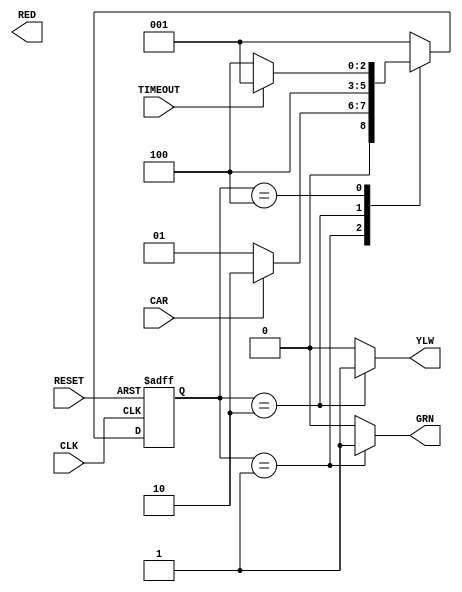
module traffic_light_controller (
    input wire CLK,
    input wire RESET,
    input wire CAR,
    input wire TIMEOUT,
    output reg GRN,
    output reg YLW,
    output reg RED
);

    // State encoding
    parameter GREEN = 3'b001, YELLOW = 3'b010, RED = 3'b100;
    
    // State memory
    reg [2:0] current_state, next_state;

    always @(posedge CLK or posedge RESET) begin
        if (RESET)
            current_state <= GREEN; // Default state
        else
            current_state <= next_state;
    end

    // Next state logic
    always @(*) begin
        case (current_state)
            GREEN: begin
                if (CAR)
                    next_state = YELLOW;
                else
                    next_state = GREEN;
            end
            
            YELLOW: begin
                next_state = RED;
            end
            
            RED: begin
                if (TIMEOUT)
                    next_state = GREEN;
                else
                    next_state = RED;
            end
            
            default: next_state = GREEN; // Safety default
        endcase
    end

    // Output logic
    always @(*) begin
        // Default values to avoid latches
        GRN = 0;
        YLW = 0;
        RED = 0;

        case (current_state)
            GREEN: begin
                GRN = 1;
            end
            
            YELLOW: begin
                YLW = 1;
            end
            
            RED: begin
                RED = 1;
            end
        endcase
    end

endmodule